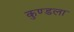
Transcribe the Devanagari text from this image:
कुण्डला